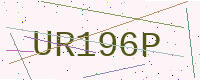
Text: UR196P